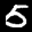
Label: 5